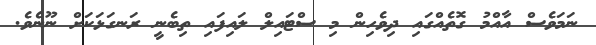
ނަމަވެސް އާއްމު ގޮތެއްގައި ދިވެހިން މި ސްޓައިލް ލައިފައި ތިބެނީ ރަނގަޅަކަށް ނޫނެވެ.